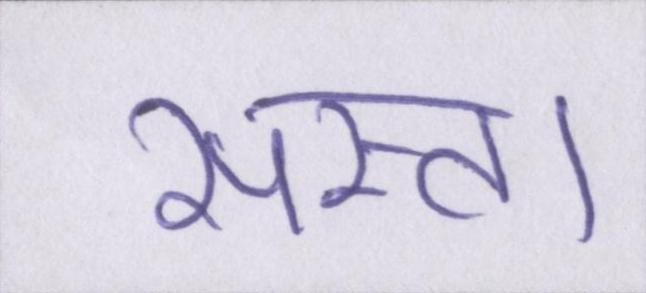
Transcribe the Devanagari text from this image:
सस्ता